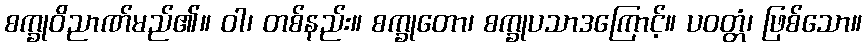
စက္ခုဝိညာဏ်မည်၏။ ဝါ၊ တစ်နည်း။ စက္ခုတော၊ စက္ခုပသာဒကြောင့်။ ပဝတ္တံ၊ ဖြစ်သော။